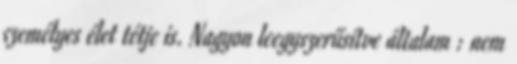
személyes élet tétje is. Nagyon leegyszerűsítve általam : nem